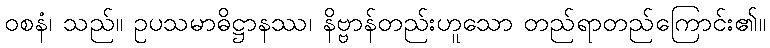
ဝစနံ၊ သည်။ ဥပသမာဓိဋ္ဌာနဿ၊ နိဗ္ဗာန်တည်းဟူသော တည်ရာတည်ကြောင်း၏။